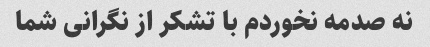
نه صدمه نخوردم با تشکر از نگرانی شما